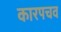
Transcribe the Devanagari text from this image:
कारपचव